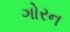
ગોરન